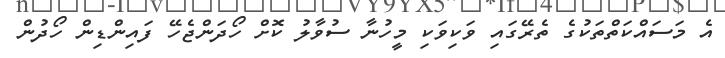
އެ މަސައްކަތްތަކުގެ ތެރޭގައި ވަކިވަކި މީހުނާ ސުވާލު ކޮށް ހޯދަންޖެހޭ ފައިންޑިން ހޯދުން